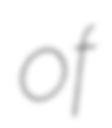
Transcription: of